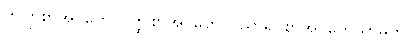
ကဗျာစာအုပ်တွေ၊ ဝတ္ထုစာအုပ်တွေ၊ ပညာရပ်စာအုပ်တွေသာမက